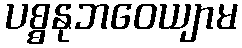
ပစ္စနုဘဝေယျာမ